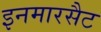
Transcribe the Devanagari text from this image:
इनमारसैट